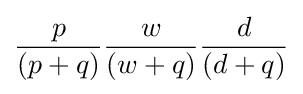
{\frac {p}{(p+q)}}{\frac {w}{(w+q)}}{\frac {d}{(d+q)}}